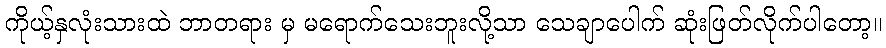
ကိုယ့်နှလုံးသားထဲ ဘာတရား မှ မရောက်သေးဘူးလို့သာ သေချာပေါက် ဆုံးဖြတ်လိုက်ပါတော့။